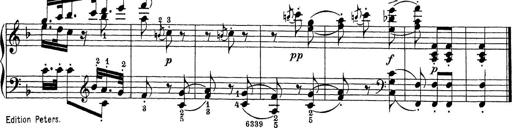
Title: Sonatina Album
Composer: Louis KÃ¶hler